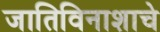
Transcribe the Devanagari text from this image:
जातिविनाशाचे